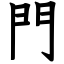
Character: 門